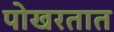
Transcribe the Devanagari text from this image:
पोखरतात